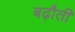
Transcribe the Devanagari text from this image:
बढ़ौती